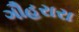
ગૌહરારા